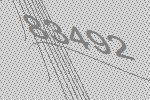
83492